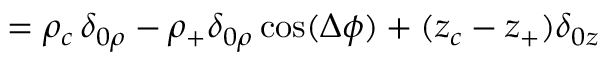
= \rho _ { c } \, \delta _ { 0 \rho } - \rho _ { + } \delta _ { 0 \rho } \cos ( \Delta \phi ) + ( z _ { c } - z _ { + } ) \delta _ { 0 z }